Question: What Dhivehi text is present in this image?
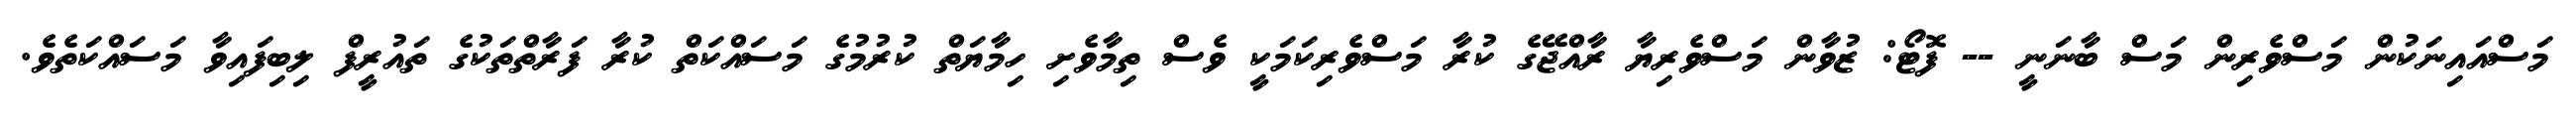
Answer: މަސްއައިނަކުން މަސްވެރިން މަސް ބާނަނީ -- ފޮޓޯ: ޒުވާން މަސްވެރިޔާ ރާއްޖޭގެ ކުރާ މަސްވެރިކަމަކީ ވެސް ތިމާވެށި ހިމާޔަތް ކުރުމުގެ މަސައްކަތް ކުރާ ފަރާތްތަކުގެ ތައުރީފް ލިބިފައިވާ މަސައްކަތެވެ.